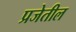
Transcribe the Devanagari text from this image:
प्रजेतील